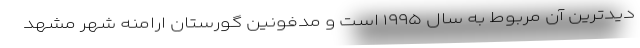
دیدترین آن مربوط به سال ۱۹۹۵ است و مدفونین گورستان ارامنه شهر مشهد